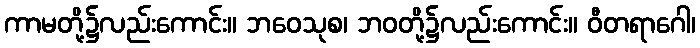
ကာမတို့၌လည်းကောင်း။ ဘဝေသုစ၊ ဘဝတို့၌လည်းကောင်း။ ဝီတရာဂေါ၊